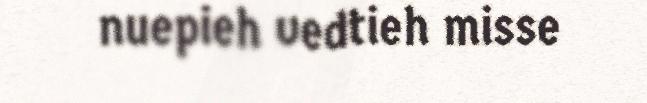
nuepieh vedtieh misse